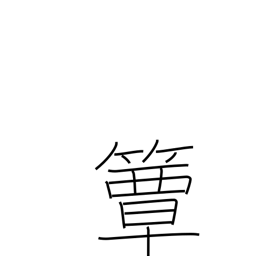
Meaning: round bamboo lunchbox